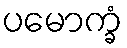
ပမောက္ခံ